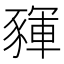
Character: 䝍